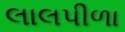
લાલપીળા